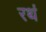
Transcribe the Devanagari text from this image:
रथं